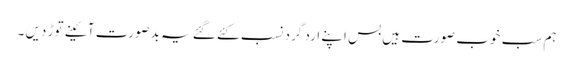
ہم سب خوب صورت ہیں بس اپنے ارد گرد نسب کئے گئے یہ بدصورت آئینے توڑ دیں ۔